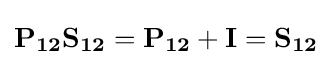
\mathbf {P_{12}S_{12}} =\mathbf {P_{12}} +\mathbf {I} =\mathbf {S_{12}}